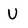
Character: U